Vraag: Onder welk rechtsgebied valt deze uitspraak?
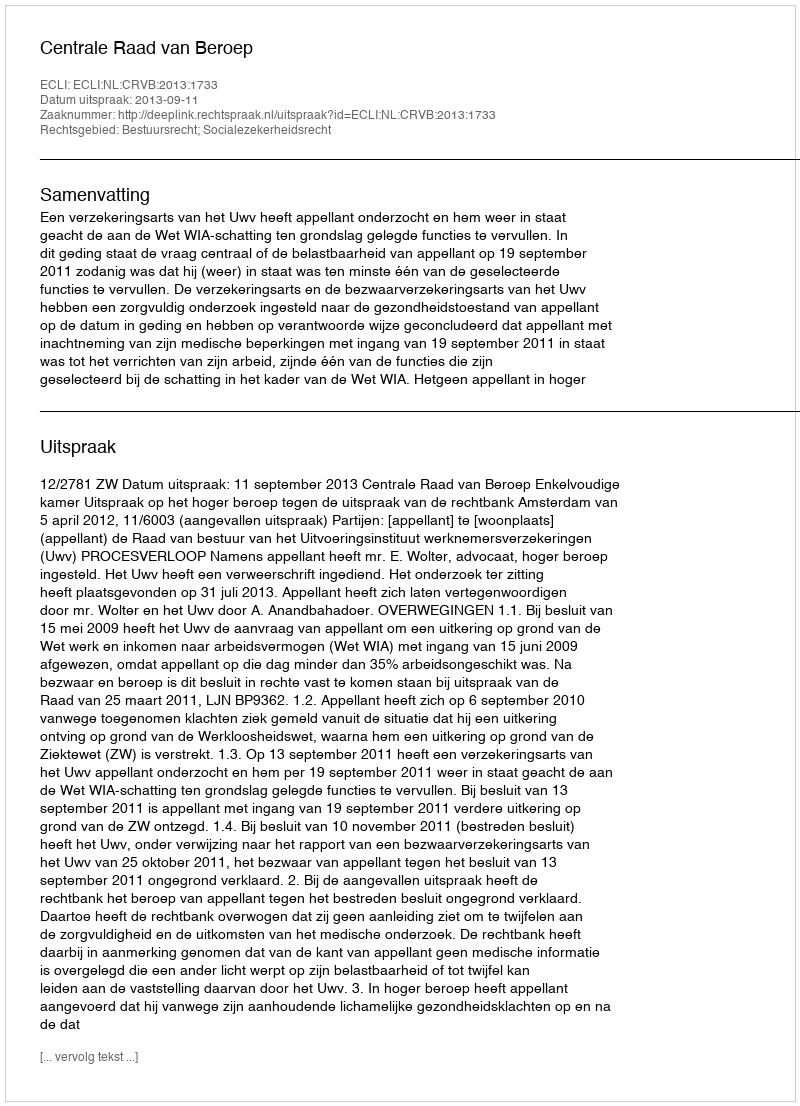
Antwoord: Bestuursrecht; Socialezekerheidsrecht